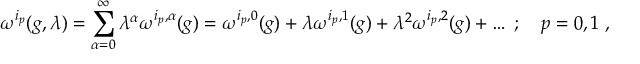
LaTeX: \omega ^ { i _ { p } } ( g , \lambda ) = \sum _ { \alpha = 0 } ^ { \infty } \lambda ^ { \alpha } \omega ^ { i _ { p } , \alpha } ( g ) = \omega ^ { i _ { p } , 0 } ( g ) + \lambda \omega ^ { i _ { p } , 1 } ( g ) + \lambda ^ { 2 } \omega ^ { i _ { p } , 2 } ( g ) + \ldots \; ; \quad p = 0 , 1 \; ,